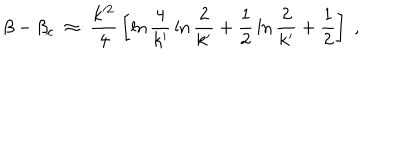
\beta - \beta _ { c } \; \approx \; { \frac { k ^ { 2 } } { 4 } } \left[ \ln { \frac { 4 } { k ^ { \prime } } } \ln { \frac { 2 } { k ^ { \prime } } } + { \frac { 1 } { 2 } } \ln { \frac { 2 } { k ^ { \prime } } } + { \frac { 1 } { 2 } } \right] \; ,